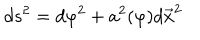
LaTeX: d s ^ { 2 } = d \varphi ^ { 2 } + a ^ { 2 } ( \varphi ) d \vec { x } ^ { 2 }